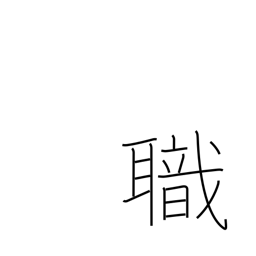
Meaning: employment